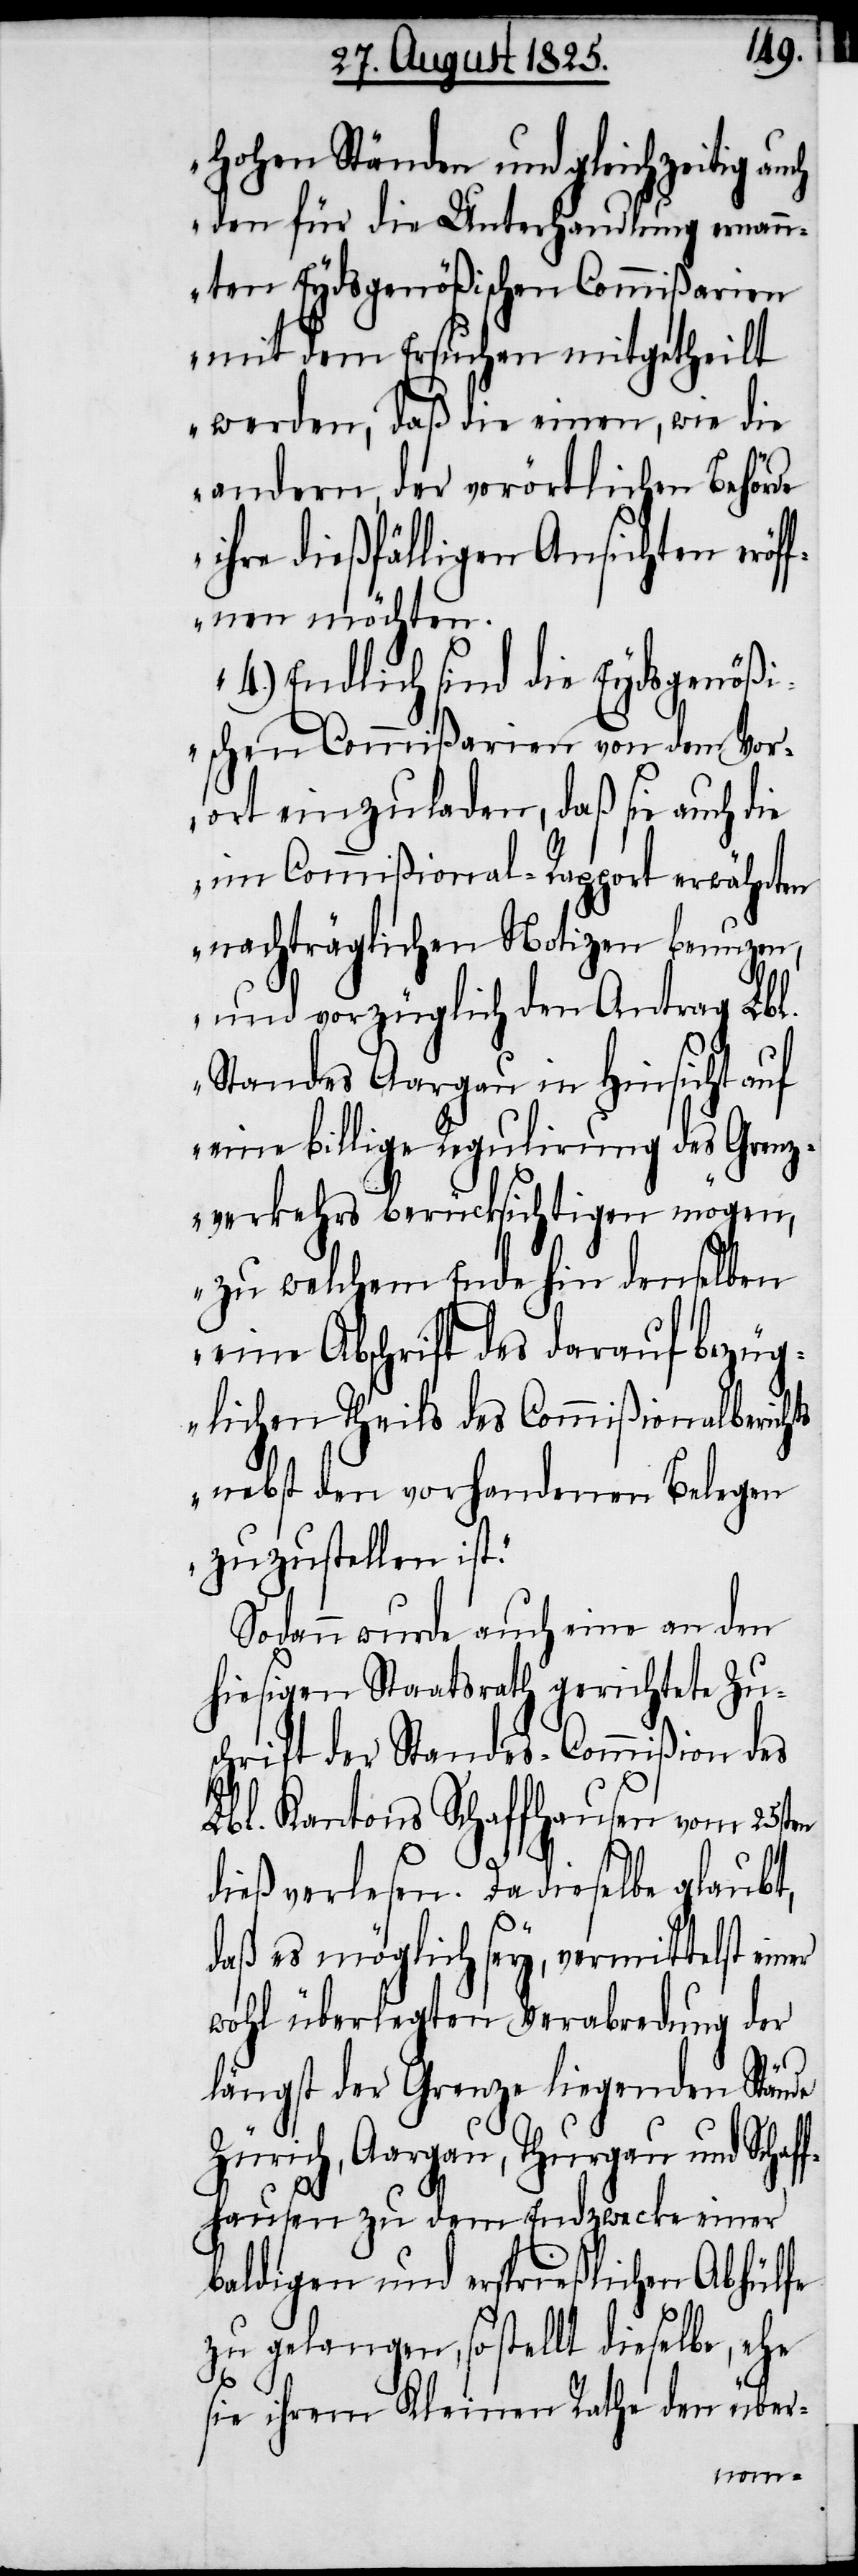
hohen Ständen und gleichzeitig
den für die Unterhandlung ernan¬
nten Eydsgenößischen Commißarien
mit dem Ersuchen mitgetheilt
werden, daß die einen, wie die
andern, der vorörtlichen Behörde
ihre dießfälligen Ansichten eröf¬
fnen möchten.
4.) Endlich sind die Eydsgenößi¬
schen Commißarien von dem Vor¬
ort einzuladen, daß sie auch die
im Commißional-Rapport erwähnten
nachträglichen Notizen benuzen,
und vorzüglich den Antrag Lbl.
Standes Aargau in Hinsicht auf
eine billige Regulirung des Grenz¬
verkehrs berücksichtigen mögen,
zu welchem Ende hier denselben
eine Abschrift des darauf bezüg¬
lichen Theils des Commißionalberichts
nebst den vorhandenen Belegen
zuzustellen ist“.
Sodann wurde auch eine an den
hiesigen Staatsrath gerichtete Zu¬
schrift der Standes-Commißion des
Lbl. Kantons Schaffhausen vom 25sten
dieß verlesen. Da dieselbe glaubt,
daß es möglich sey, vermittelst
wohl überlegten Verabredung der
längst der Grenze liegenden Stände
Zürich, Aargau, Thurgau und Schaf¬
fhausen zu dem Endzwecke einer
baldigen und ersprießlichen Abhülfe
zu gelangen, so stellt dieselbe, ehe
sie ihrem Kleinen Rathe den über-
einer